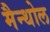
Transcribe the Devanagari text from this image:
मैन्थोल